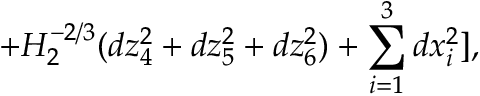
+ H _ { 2 } ^ { - 2 / 3 } ( d z _ { 4 } ^ { 2 } + d z _ { 5 } ^ { 2 } + d z _ { 6 } ^ { 2 } ) + \sum _ { i = 1 } ^ { 3 } d x _ { i } ^ { 2 } ] ,